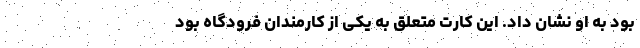
بود به او نشان داد. این کارت متعلق به یکی از کارمندان فرودگاه بود